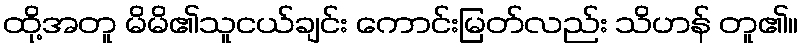
ထို့အတူ မိမိ၏သူငယ်ချင်း ကောင်းမြတ်လည်း သိဟန် တူ၏။